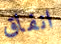
انفاق